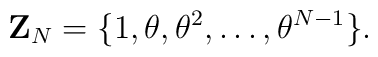
{\mathbf Z}_{N} = \{ 1,\theta, {\theta}^2, \dots, {\theta}^{N-1}\}.